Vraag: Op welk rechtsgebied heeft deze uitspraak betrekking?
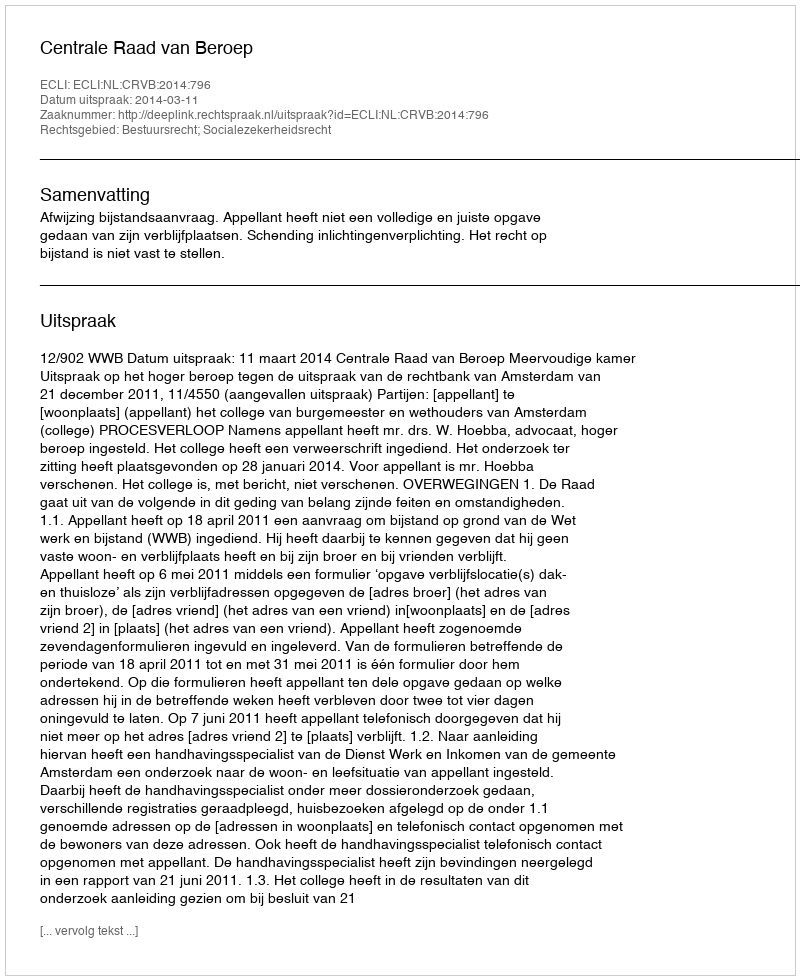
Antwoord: Bestuursrecht; Socialezekerheidsrecht